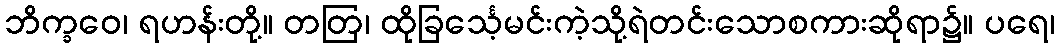
ဘိက္ခဝေ၊ ရဟန်းတို့။ တတြ၊ ထိုခြင်္သေ့မင်းကဲ့သို့ရဲတင်းသောစကားဆိုရာ၌။ ပရေ၊